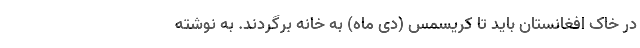
در خاک افغانستان باید تا کریسمس (دی ماه) به خانه برگردند. به نوشته